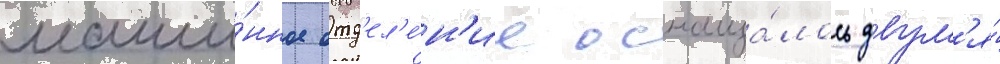
маши́нное отд'ел'е́н'ие оснаща́лось двум'я́